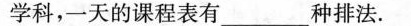
学科，一天的课程表有___种排法。